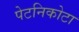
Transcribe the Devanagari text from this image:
पेटनिकोटा